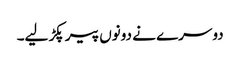
دوسرے نے دونوں پیر پکڑ لیے۔